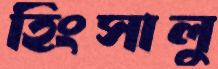
হিংসালু